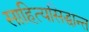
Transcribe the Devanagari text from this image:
साहित्यसिद्धान्त